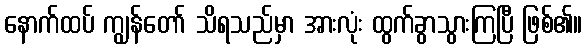
နောက်ထပ် ကျွန်တော် သိရသည်မှာ အားလုံး ထွက်ခွာသွားကြပြီ ဖြစ်၏။